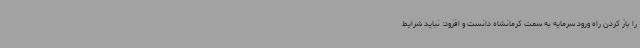
را باز کردن راه ورود سرمایه به سمت کرمانشاه دانست و افزود: نباید شرایط